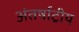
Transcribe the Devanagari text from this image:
अंतर्षाट्रीय